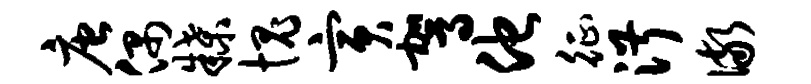
唐偶牒愧寅驾他征淑儆